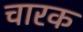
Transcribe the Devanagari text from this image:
चारक